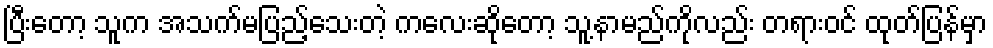
ပြီးတော့ သူက အသက်မပြည့်သေးတဲ့ ကလေးဆိုတော့ သူ့နာမည်ကိုလည်း တရားဝင် ထုတ်ပြန်မှာ